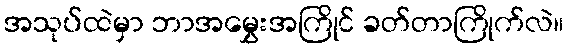
အသုပ်ထဲမှာ ဘာအမွှေးအကြိုင် ခတ်တာကြိုက်လဲ။